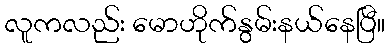
လူကလည်း မောဟိုက်နွမ်းနယ်နေပြီ။